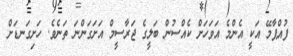
ފުއްޕާމޭ އަކީ އެންމެ އަވަހަށް ކެއްސުން ބަލީގެ ޖަރާސީމް އަށަގަންނަ ތަނެވެ. ހަށިގަނޑަށް